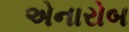
એનારોબ